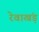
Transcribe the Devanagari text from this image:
रेवाखंड़